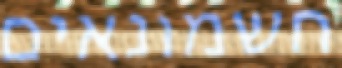
חשמונאים